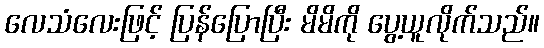
လေသံလေးဖြင့် ပြန်ပြောပြီး မိမိကို ပွေ့ယူလိုက်သည်။